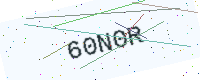
Text: 60N0R